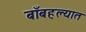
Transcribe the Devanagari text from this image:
बाँबहल्यात